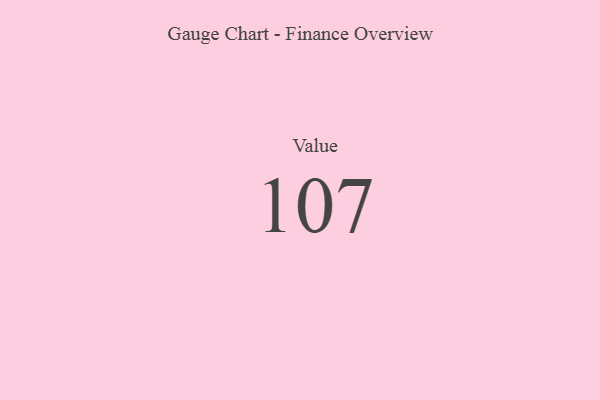
{"axis": {"x": "Metric", "y": "Value"}, "legend": [""], "data": [{"x": "Value", "y": 107, "type": ""}]}